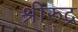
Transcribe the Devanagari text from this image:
श्रीरुद्र